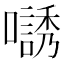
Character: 𡁹